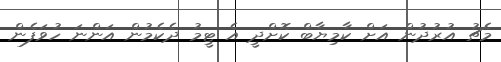
މެޗު އުރުދުން އަށް ކާމިޔާބް ކޮށްދީ އެ ޓީމު ދެކެމުން އަންނަ ހުވަފެން